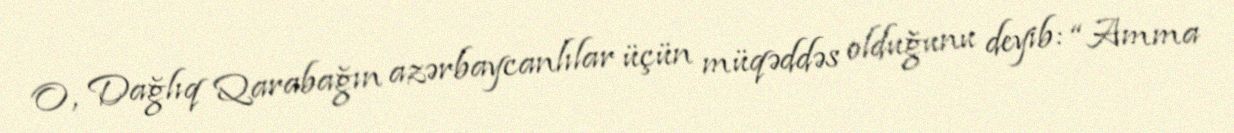
O, Dağlıq Qarabağın azərbaycanlılar üçün müqəddəs olduğunu deyib: “Amma